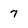
Character: 7